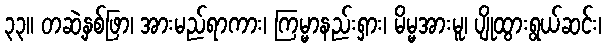
၃၃။ တဆဲ့နှစ်ဖြာ၊ အားမည်ရာကား၊ ကြမ္မာနည်းရှား၊ မိမ္မအားမူ၊ ပျိုထွားရွယ်ဆင်း၊